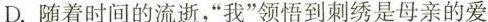
D.随着时间的流逝，“我”领悟到刺绣是母亲的爱